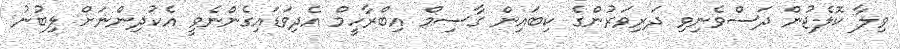
ވިލާ ކޮލެޖުން ދަސްވެނިވި ދަރިވަރުންގެ ކިބައިން ގާސިމް އިބްރާހީމް އެދިވަޑައިގެންނެވީ އެކުދިންނަށް ލިބުނު